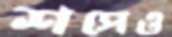
শপেও